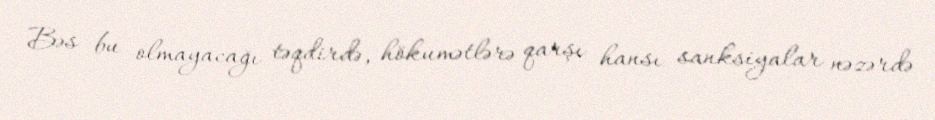
Bəs bu olmayacağı təqdirdə, hökumətlərə qarşı hansı sanksiyalar nəzərdə